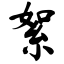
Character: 絮